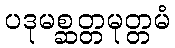
ပဒုမစ္ဆတ္တမုတ္တမံ